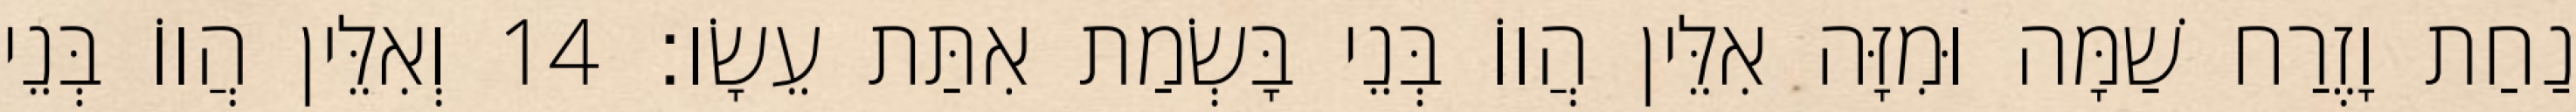
נַחַת וָזֶרַח שַׁמָּה וּמִזָּה אִלֵּין הֲווֹ בְּנֵי בָּשְׂמַת אִתַּת עֵשָׂו׃ 14 וְאִלֵּין הֲווֹ בְּנֵי